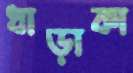
ধাড়াকা